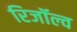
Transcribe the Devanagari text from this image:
रिजॉल्व